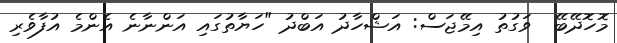
މޮހޮދޭބޭ  ވަގުތު އިމޭޖަސް: އަޝްހާދު އަބްދު "ހަޔާތުގައި އަންނާނެ އެންމެ އުފާވެރި